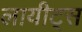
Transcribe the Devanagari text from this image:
लायीट्स